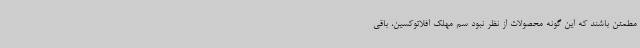
مطمئن باشند که این گونه محصولات از نظر نبود سم مهلک افلاتوکسین، باقی